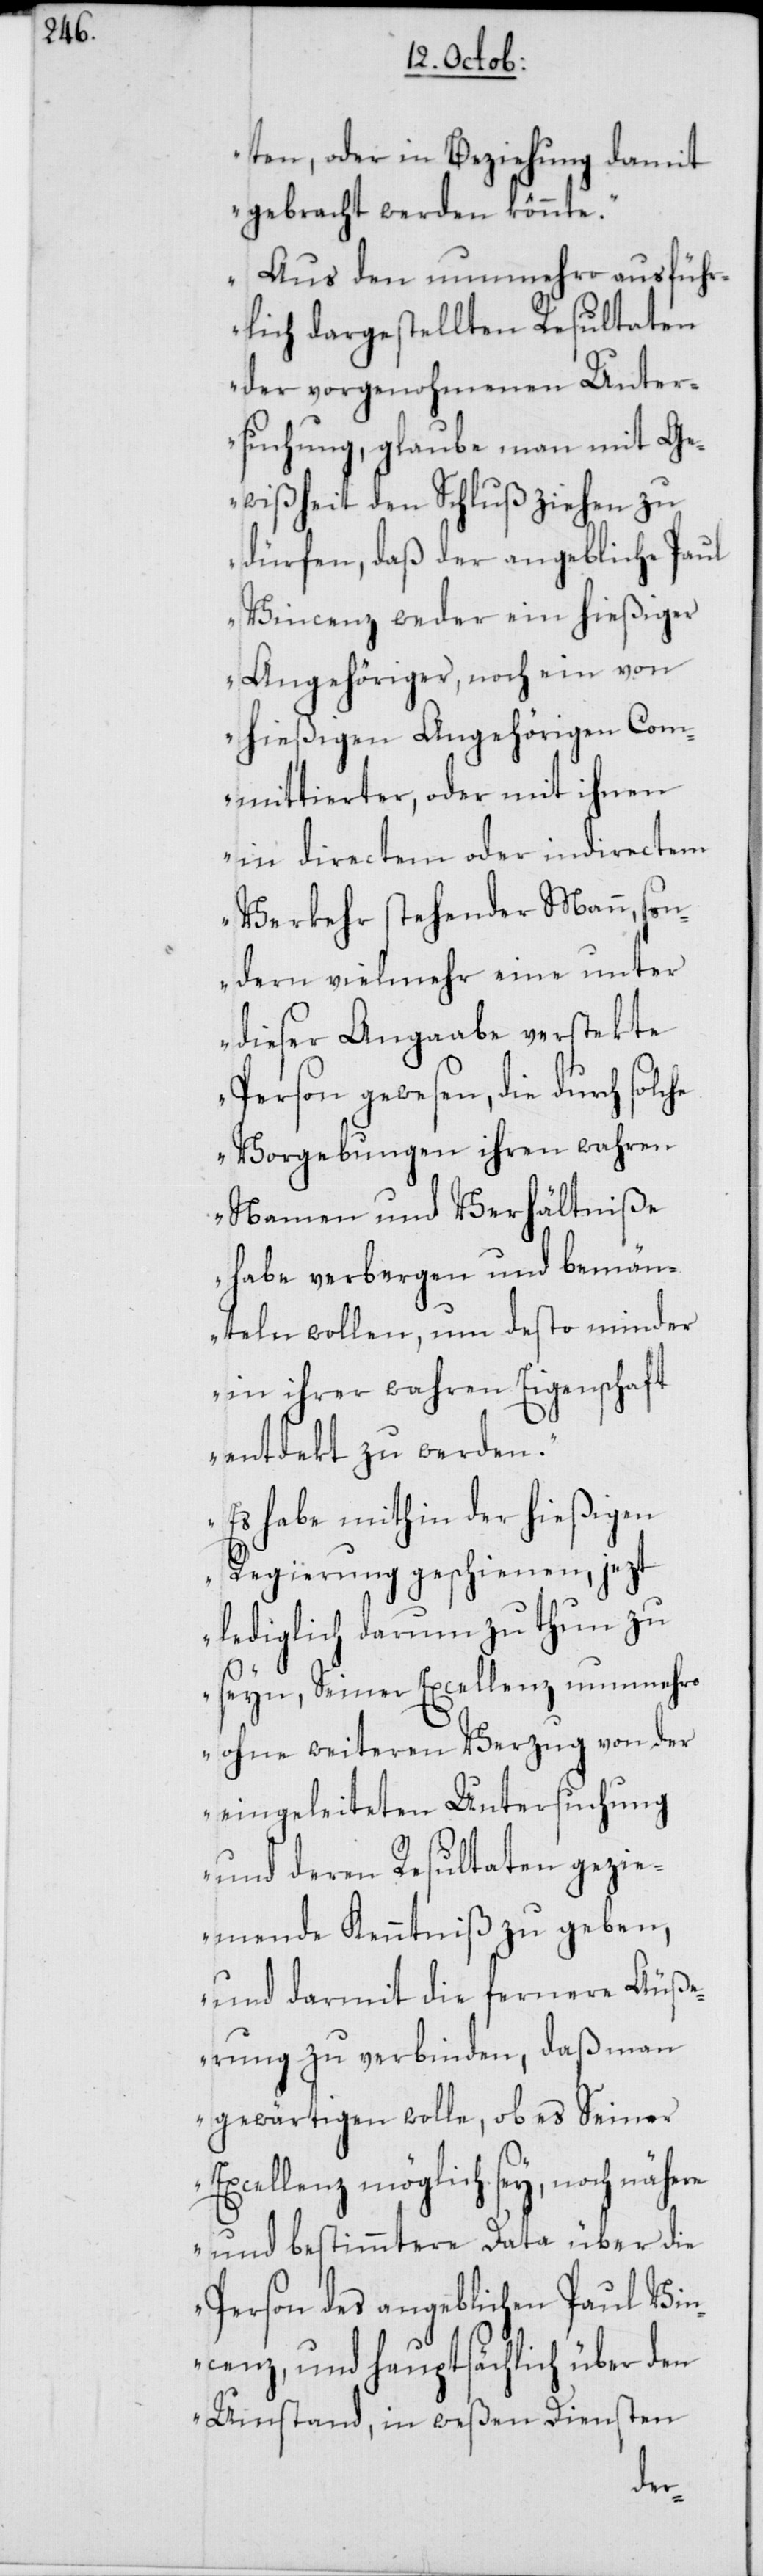
ten, oder in Beziehung damit
gebracht werden könnte.
Aus den nunmehro ausführ¬
lich dargestellten Resultaten
der vorgenohmenen Unter¬
suchung, glaube man mit Ge¬
wißheit den Schluß ziehen zu
dürfen, daß der angebliche Paul
Vincenz weder ein hießiger
Angehöriger, noch ein von
hießigen Angehörigen Com¬
mittierter, oder mit ihnen
in directem oder indirectem
Verkehr stehender Mann,
sondern vielmehr eine unter
dieser Angaabe verstekte
Person gewesen, die durch solc¬
he Vorgebungen ihren wahren
Namen und Verhältniße
habe verbergen und bemän¬
teln wollen, und desto minder
in ihrer wahren Eigenschaft
entdekt zu werden.
Es habe mithin der hießigen
Regierung geschienen, jezt
lediglich darum zu thun zu
seyn, Seiner Excellenz nunmehro
ohne weiteren Verzug von der
eingeleiteten Untersuchung
und deren Resultaten gezie¬
mende Kenntniß zu geben,
und darmit die fernere Äuß¬
erung zu verbinden, daß man
gewärtigen wolle, ob es Seiner
Excellenz möglich sey, noch nähere
und bestimmtere Data über die
Person des angeblichen Paul Vin¬
cenz, und hauptsächlich über den
Umstand, in weßen Diensten